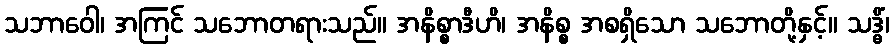
သဘာဝေါ၊ အကြင် သဘောတရားသည်။ အနိစ္စာဒီဟိ၊ အနိစ္စ အစရှိသော သဘောတို့နှင့်။ သဒ္ဓိံ၊